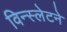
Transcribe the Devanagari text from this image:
विन्स्लेटने